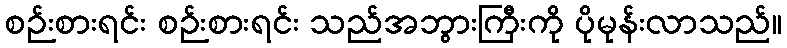
စဉ်းစားရင်း စဉ်းစားရင်း သည်အဘွားကြီးကို ပိုမုန်းလာသည်။